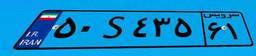
۶۳S۲۰۰۸۸